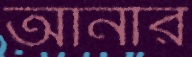
আর্নার